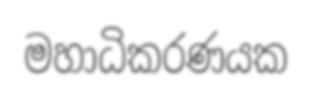
මහාධිකරණයක